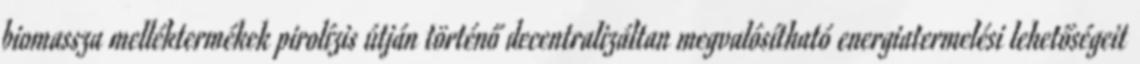
biomassza melléktermékek pirolízis útján történő decentralizáltan megvalósítható energiatermelési lehetőségeit